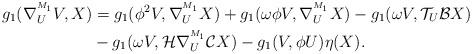
LaTeX: \begin{align*}g_{1}(\nabla^{^{M_1}}_{U}V,X) &=g_{1}(\phi ^{2}V,\nabla^{^{M_1}}_{U}X)+g_{1}(\omega\phi V,\nabla^{^{M_1}}_{U}X)-g_{1}(\omega V,\mathcal{T}_{U}\mathcal{B}X)\\&-g_{1}(\omega V,\mathcal{H}\nabla^{^{M_1}}_{U}\mathcal{C}X)-g_{1}(V,\phi U)\eta (X).\end{align*}